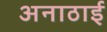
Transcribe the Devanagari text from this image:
अनाठाई